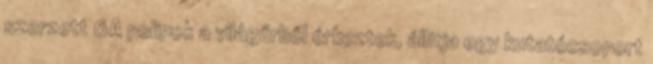
szerzett 6A polipok a világűrből érkeztek, állítja egy kutatócsoport